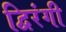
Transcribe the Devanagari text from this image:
द्विरंगी